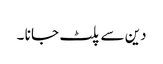
دین سے پلٹ جا نا ۔